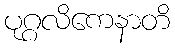
ပုဂ္ဂလိကေနာတိ